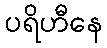
ပရိဟီနေ